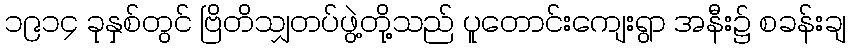
၁၉၁၄ ခုနှစ်တွင် ဗြိတိသျှတပ်ဖွဲ့တို့သည် ပူတောင်းကျေးရွာ အနီး၌ စခန်းချ